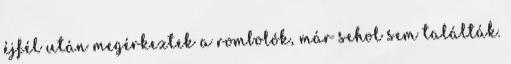
éjfél után megérkeztek a rombolók, már sehol sem találták.